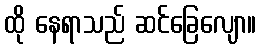
ထို နေရာသည် ဆင်ခြေလျော။